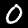
Label: 0